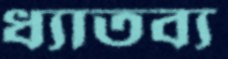
ধ্যাতব্য